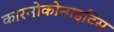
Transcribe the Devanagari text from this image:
कारनोकोनाइटिस